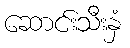
ဆောင်းသီးနှံ